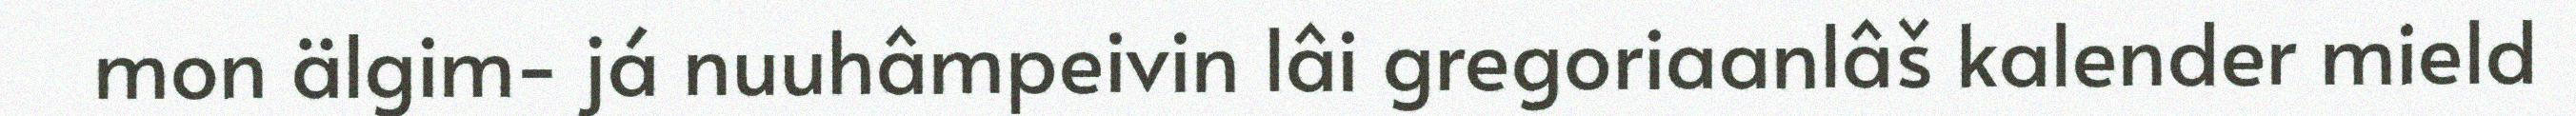
mon älgim- já nuuhâmpeivin lâi gregoriaanlâš kalender mield